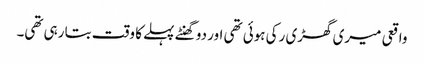
واقعی میری گھڑی رکی ہوئی تھی اور دو گھنٹے پہلے کا وقت بتا رہی تھی۔